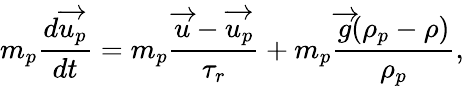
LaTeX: m_{p}\frac{d\overrightarrow{u_{p}}}{dt}=m_{p}\frac{\overrightarrow{u}-\overrightarrow{u_{p}}}{\tau_{r}}+m_{p}\frac{\overrightarrow{g}(\rho_{p}-\rho)}{\rho_{p}},